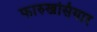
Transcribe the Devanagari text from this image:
फारुखसियार